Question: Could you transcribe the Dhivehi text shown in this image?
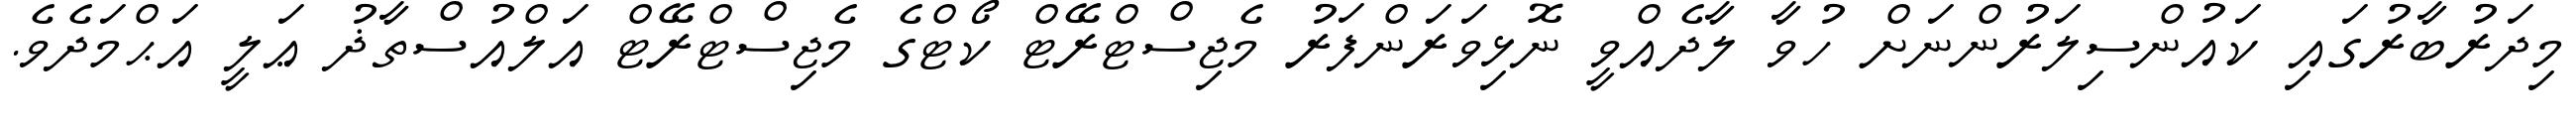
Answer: މިދަރުބާރުގައި ކައުންސިލަރުންނަށް ހުވާ ލާދެއްވީ ނޮޅިވަރަންފަރު މެޖިސްޓްރޭޓް ކޯޓްގެ މެޖިސްޓްރޭޓް އަލްއުސްތާޛު ޢަލީ އަޙްމަދެވެ.